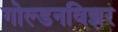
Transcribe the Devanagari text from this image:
गोल्डनविझर